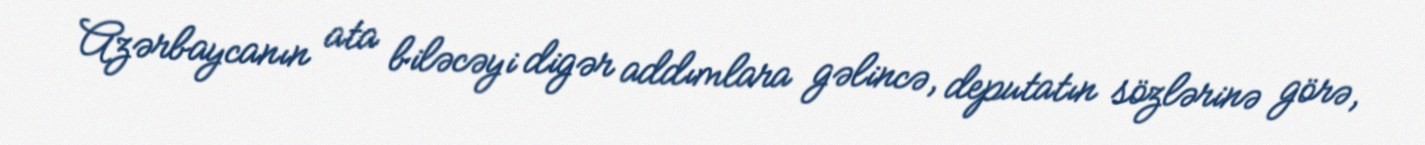
Azərbaycanın ata biləcəyi digər addımlara gəlincə, deputatın sözlərinə görə,